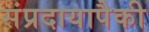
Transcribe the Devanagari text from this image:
संप्रदायापैकी